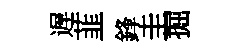
遅韮鋒圭掘